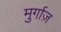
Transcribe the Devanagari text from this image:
मुर्गाज़